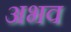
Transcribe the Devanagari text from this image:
अभव